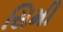
સિમી